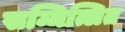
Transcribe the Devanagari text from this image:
सम्मित्लित